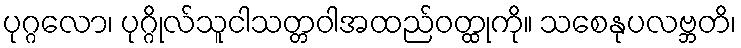
ပုဂ္ဂလော၊ ပုဂ္ဂိုလ်သူငါသတ္တဝါအထည်ဝတ္ထုကို။ သစေနုပလဗ္ဘတိ၊